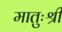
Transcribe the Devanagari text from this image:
मातुःश्री